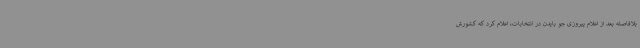
بلافاصله بعد از اعلام پیروزی جو بایدن در انتخابات، اعلام کرد که کشورش